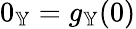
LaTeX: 0_{\mathbb{Y}}=g_{\mathbb{Y}}(0)